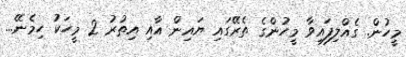
މީހުން. ގެއްލިފައިވާ މީހުންގެ ތެރޭގައި ޔައިން އާއި އިތުރު 2 މީހަކު ހިމެނޭ...